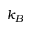
k _ { B }